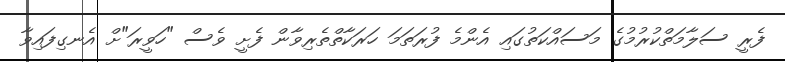
ފެރީ ސަލާމަތްކުރުމުގެ މަސައްކަތުގައި އެންމެ ފުރަތަމަ ހަރަކާތްތެރިވާން ފެށީ ވެސް "ހަވީރަ"ށް އެނގިފައިވާ